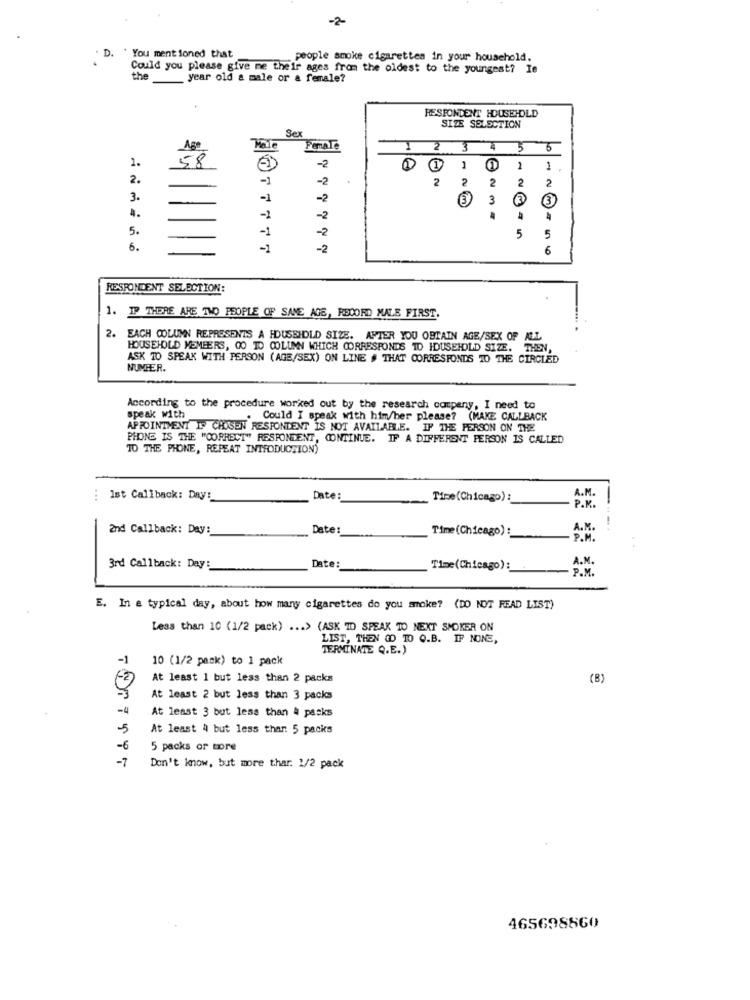
-2-
D.
` You mentioned that
people smoke cigarettes in your household.
Could you please give me their ages from the oldest to the youngest? Ie
the year old a male or a female?
RESPONDENT HOUSEHOLD
Sex
SIZE SELECTION
Age
Male
Female
2
3
5 6
1.
58
-2
1
1
2.
-2
2
2
2
2
2
3.
-1
-2
(3)
3
3
3
1.
-2
-2
-2
5
5.
-1
5
6.
-1
-2
6
RESPONDENT SELECTION:
1. IP THERE ARE TWO PEOPLE OF SANE AGE, RECORD MALE FIRST,
2.
EACH COLUMN REPRESENTS A HDUSBIDLD SIZE. AFTER YOU OBTAIN AGE/SEX OF ALL
HOUSEHOLD MEMBERS, CO TO COLUMN WHICH CORRESPONDS TO HOUSEHOLD SIZE. THEN,
ASK TO SPEAK WITH PERSON (AGE/SEX) ON LINE # THAT CORRESPONDS TO THE CIRCLED
NUMBER.
According to the procedure worked out by the research company, I need to
speak with
Could I speak with him/her please? (MAKE CALLBACK
APPOINTMENT IS CHOSEN RESPONDENT IS NOT AVAILABLE. IF THE PERSON ON THE
PHONE IS THE "CORRECT" RESPONDENT, CONTINUE. IF A DIFFERENT PERSON IS CALLED
TO THE PHONE, REPEAT INTRODUCTION)
R.M.
Ist Callback: Day:
Date:
Time (Chicago) :
P . K .
2nd Callback: Day:
Date:
Time(Chicago):
A.M.
P. M.
Date:
A.M.
3rd Callback: Day
Time(Chicago):
P.M.
E. In a typical day, about how many cigarettes do you smoke? (DO NOT READ LIST)
Less than 10 (1/2 pack) ... > (ASK TO SPEAK TO NEXT SMOKER ON
LIST, THEN GO TO Q.B. IF NONE,
TERMINATE Q.E.)
-1
10 (1/2 pack) to 1 pack
FZ
At least 1 but less than 2 packs
(B)
At least 2 but less than 3 packs
-4
At least 3 but less than 4 packs
5
At least 4 but less than: 5 packs
-6
5 packs or more
-7
Don't know, but more thar. 1/2 pack
465698860